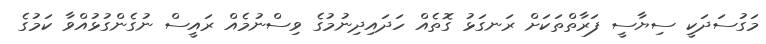
މަގުސަދަކީ ސިޔާސީ ފަރާތްތަކަށް ރަނގަޅު ގޮތެއް ހަދައިދިނުމުގެ ވިސްނުމެއް ރައީސް ނުގެންގުޅުއްވާ ކަމުގެ